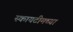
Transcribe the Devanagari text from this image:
स्कायटीमच्या